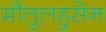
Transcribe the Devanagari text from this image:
मौतुलहुसेन